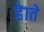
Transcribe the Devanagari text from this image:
हेाते